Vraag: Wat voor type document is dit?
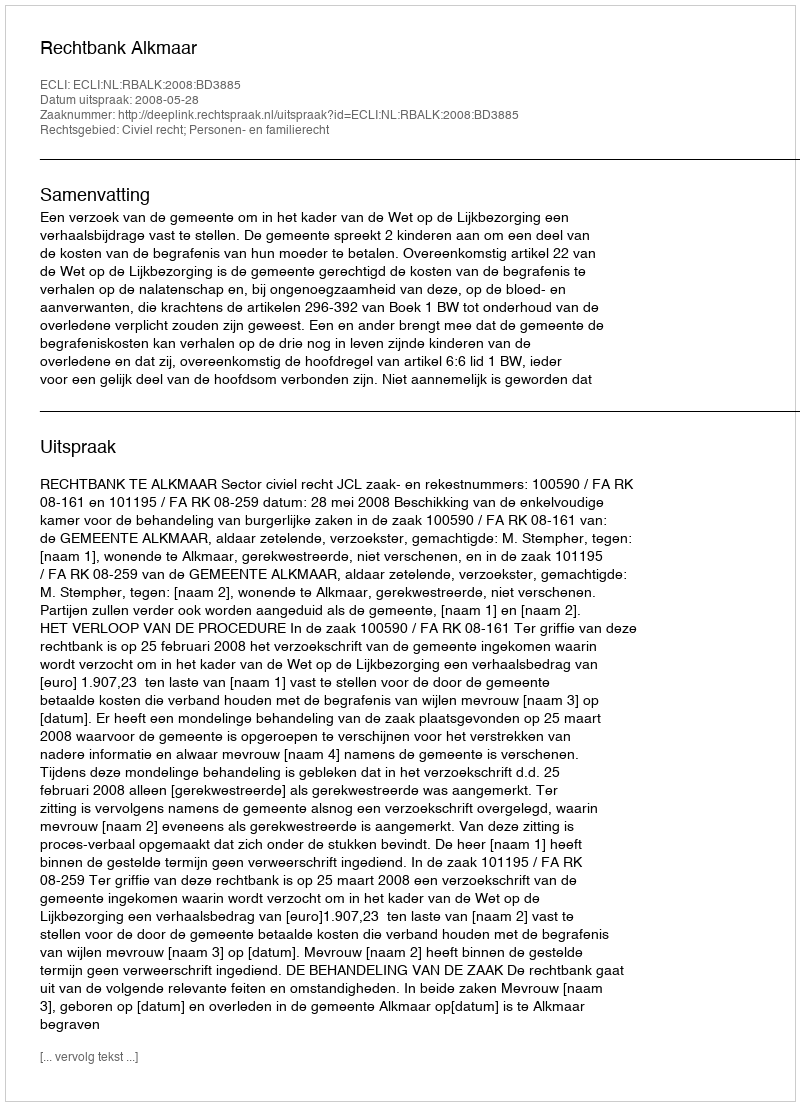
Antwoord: Uitspraak